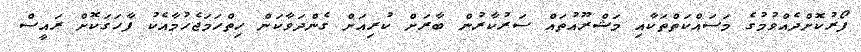
ފޯރުކޮށްދެއްވުމުގެ މަސައްކަތްތަކާއި މަޝްރޫއުތައް ސަރުކާރުން ބާރަށް ކުރިއަށް ގެންދަވާކަން ހިތްހަމަޖެހުމާއެކު ފާހަގަކޮށް ރައީސް